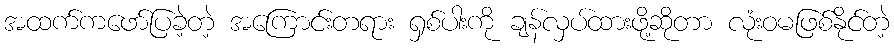
အထက်ကဖော်ပြခဲ့တဲ့ အကြောင်းတရား ရှစ်ပါးကို ချန်လှပ်ထားဖို့ဆိုတာ လုံးဝမဖြစ်နိုင်တဲ့